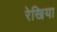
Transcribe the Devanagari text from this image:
रेखिया